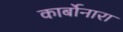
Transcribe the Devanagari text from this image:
कार्बोनारा